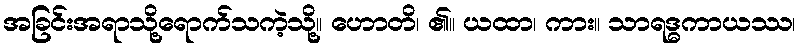
အခြင်းအရာသို့ရောက်သကဲ့သို့။ ဟောတိ၊ ၏။ ယထာ၊ ကား။ သာရဒ္ဓကာယဿ၊